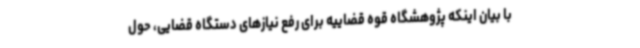
با بیان اینکه پژوهشگاه قوه قضاییه برای رفع نیازهای دستگاه قضایی، حول